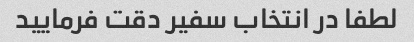
لطفا در انتخاب سفیر دقت فرمایید